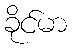
ခိုင်မာ